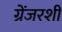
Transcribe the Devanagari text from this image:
ग्रेंजरशी